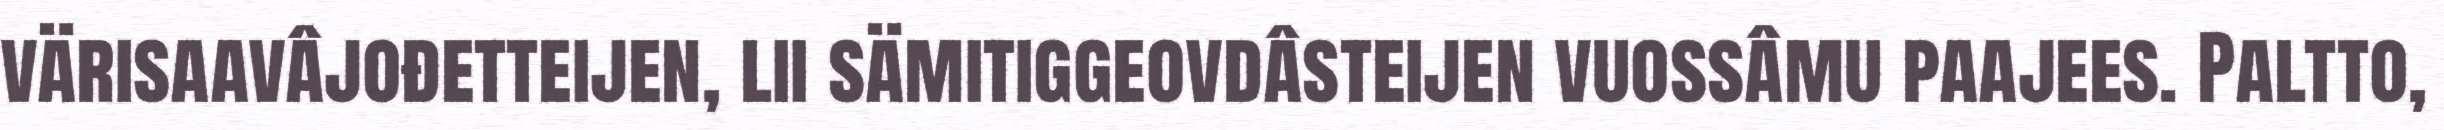
värisaavâjođetteijen, lii sämitiggeovdâsteijen vuossâmu paajees. Paltto,